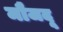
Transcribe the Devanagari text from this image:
मौजदू